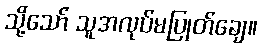
သို့သော် သူအလုပ်မပြုတ်ချေ။